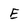
Character: E